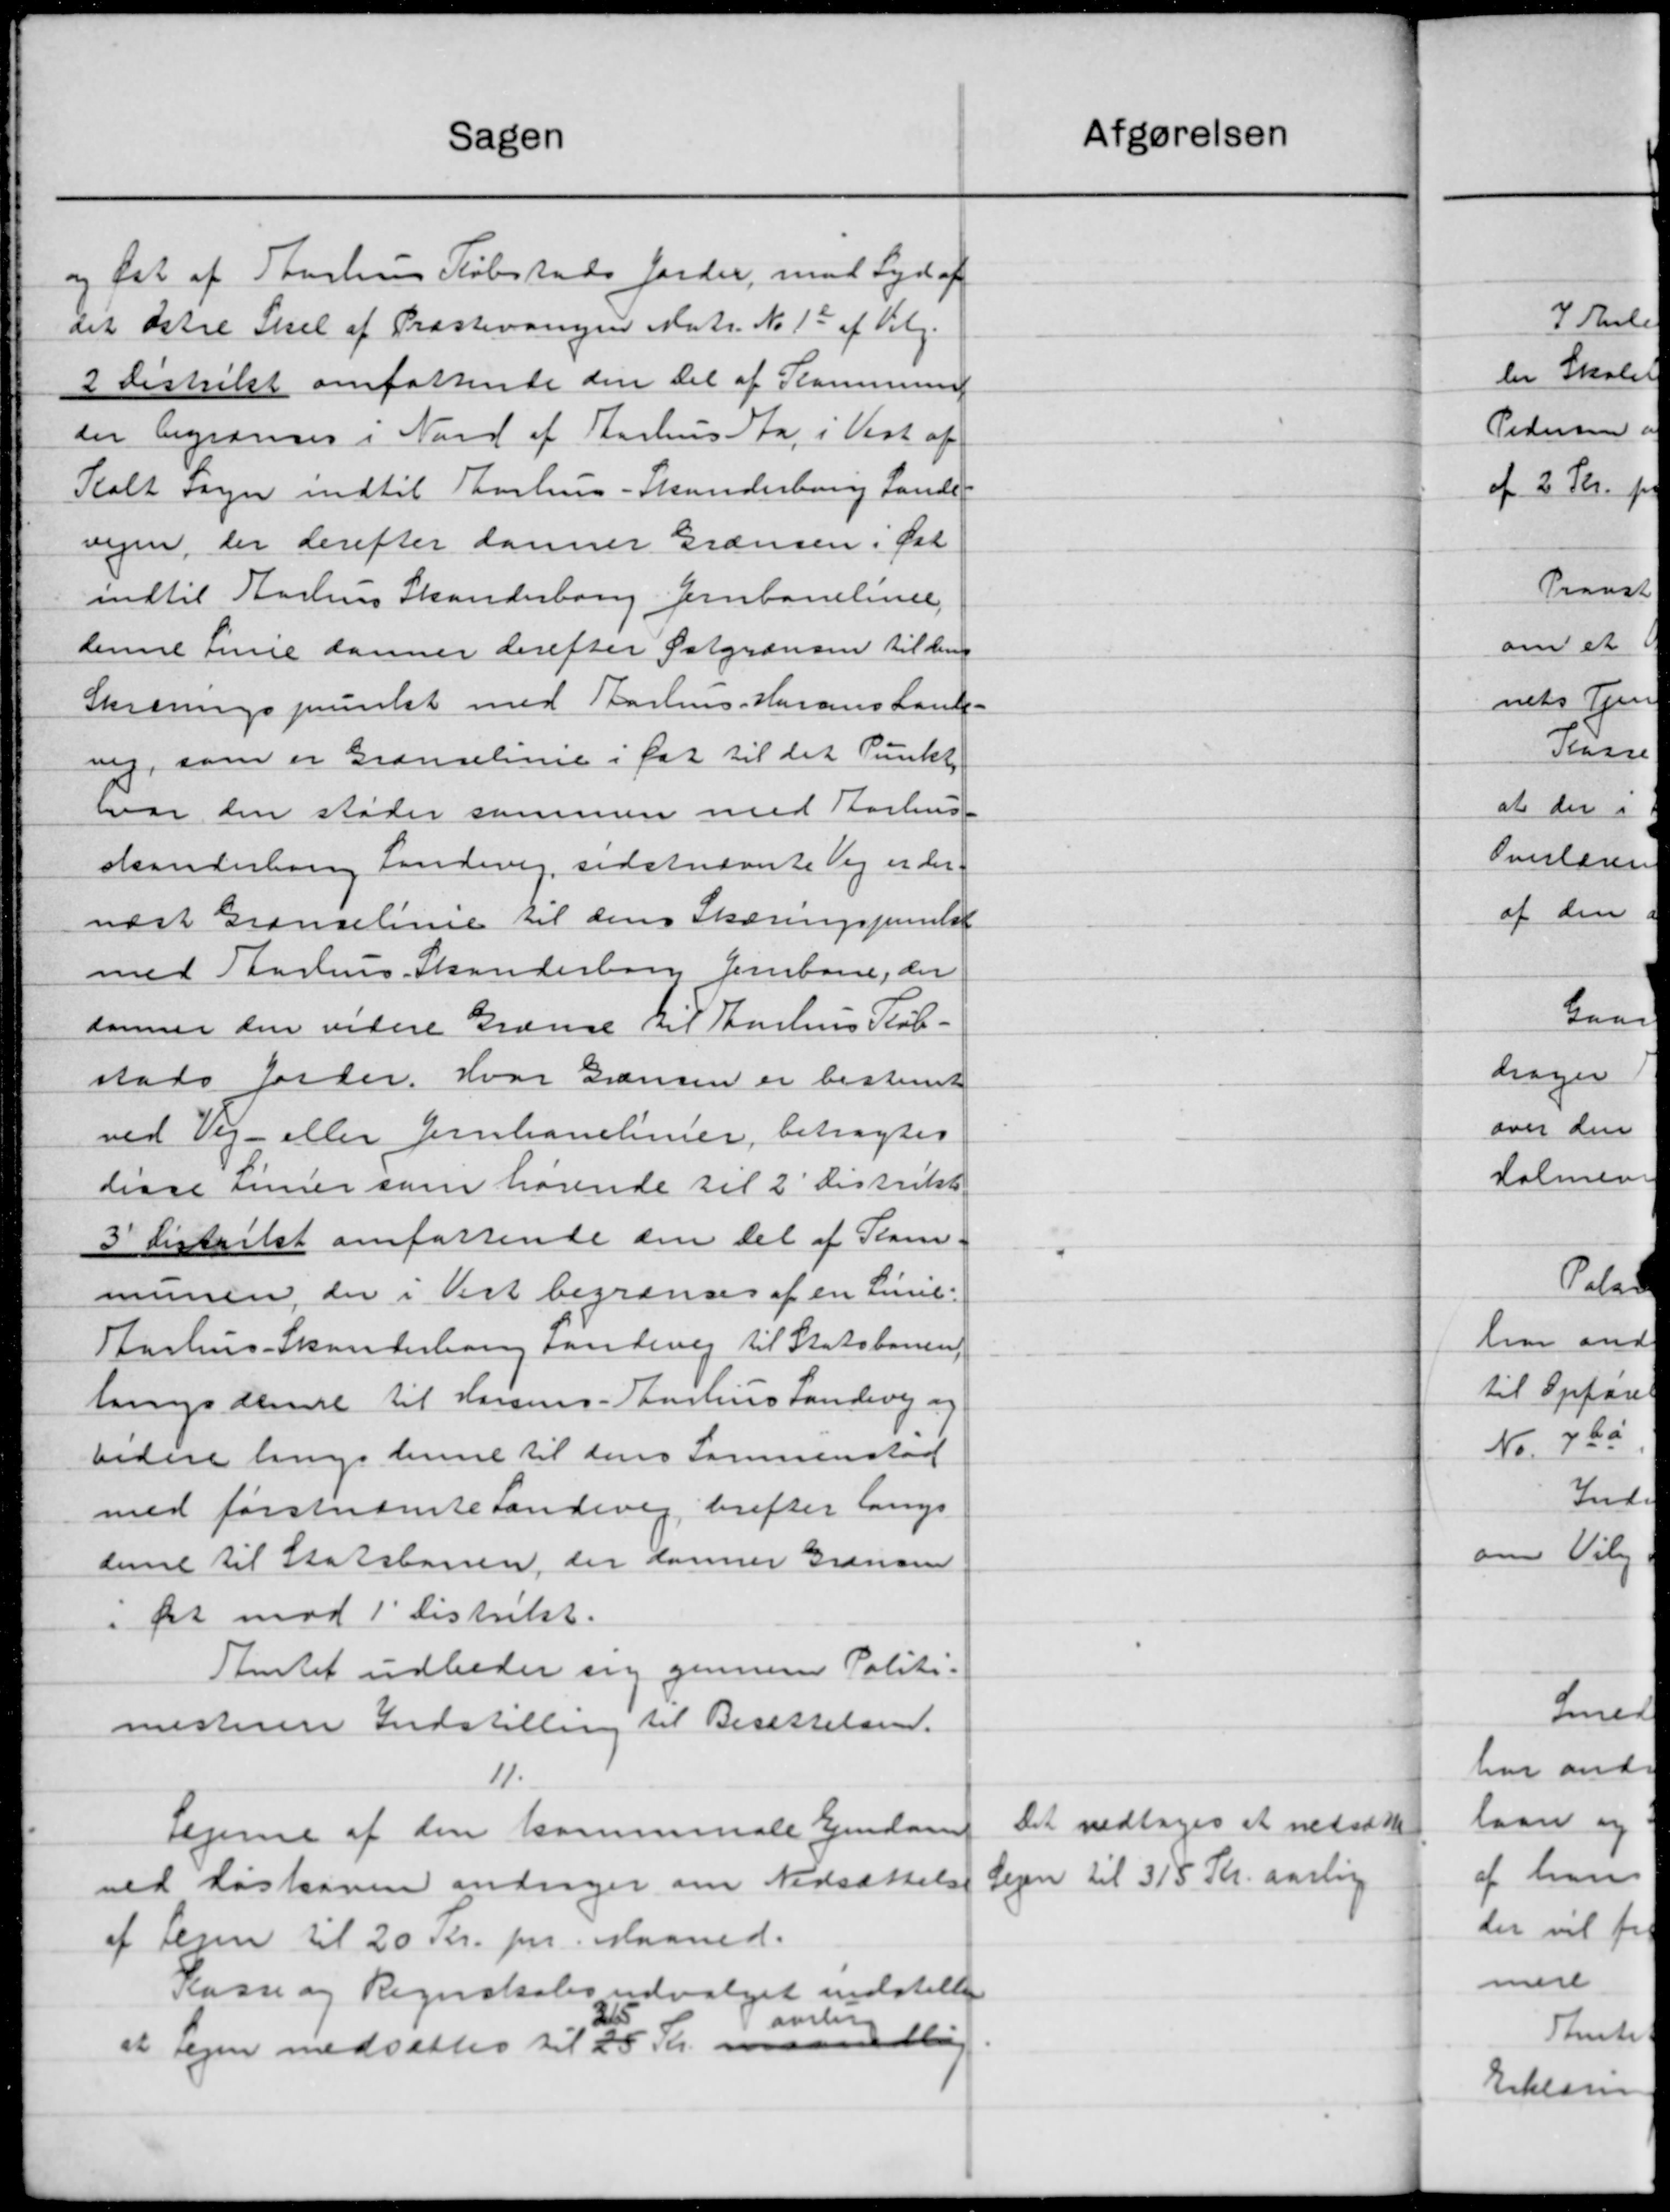
Transskription:
Sagen
og fot af Thurhus Købstads Jorder, med Syd af
det østre Skel af Præstevaringen Matr. No 15 af Vilg.
2 Distrikt omfattende den del af Kommunen
der begraves i Nand af Aarhus Sta i Vest af
Ialt sogn indtil Aarhus - Skunderborg Lande-
vejen, der derefter danner Grænsen. Dal
indtil Aarhus Skanderborg Jernbanelinge
denne tine danner derefter Østgrænsen til den
Skreningspunkt med Aarhus Hansens Lande-
ne, som er Grænselinie i Aar til det Punkt
var, den støder sammen med Aarhus
skanderhaven Landevej, sidstnævnte Vej er der-
næst Grænseline til dens Skæringspunkt
med Karens Skanderborn Jernbane, der
danner den videre Grænse til Aarhus Køb-
stads Jorder. Hvor Grensen er bestemt
ved Vej - eller Jernbanelinier, betragtes
disse Linier som hørende til 2' Distrikt.
3' Distrikt omfarrende den Del af Kom.
munen, der i Vest begrænses af en Linie-
Aarhus Skovberlang tandevej til Statsbanen
larings denne til Horsens-Suhinstandevej og
videre lings denne til dens Sammenstad
med førstnævnte Landevej, derefter langs
dene til Statsbanen, der danner Grensen
" det mod 1' Distrikt.
Amtet udbeder sig gennem Politi-
mesteren Indstilling til Besættelsen.
11.
Lejerne af den kommunale Ejendom
ved Roskinen andrager om Nedsættelse
af Lejen til 20 Kr. pr. Maaned.
Kasse og Regnskabsudvalget indstille
aarlig
amtlig
at ugen nedsættes til 25 Kr. m